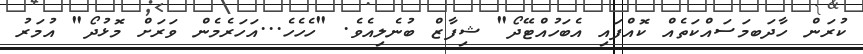
ކުރަން ހާދަބމަސައްކަތެއް ކޮއްފައި އެބަހުއްޓޭދޯ" ޝިފާޒް ބުނެލިއެވެ. "ހެހެހެ...އަހަރެމެން ވަރަށް މޮޅުދޯ" އުމަރު